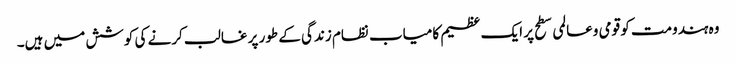
وہ ہندومت کو قومی وعالمی سطح پر ایک عظیم کامیاب نظام زندگی کے طور پر غالب کرنے کی کوشش میں ہیں۔